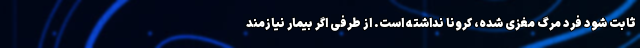
ثابت شود فرد مرگ مغزی شده، کرونا نداشته است. از طرفی اگر بیمار نیازمند